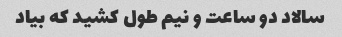
سالاد دو ساعت و نیم طول کشید که بیاد